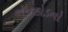
એનકોડનો